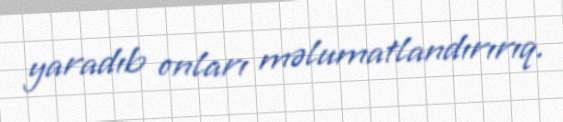
yaradıb onları məlumatlandırırıq.